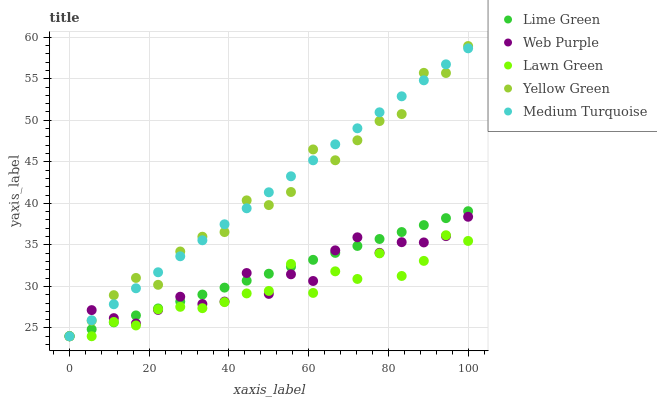
| xaxis_label | Lime Green | Web Purple | Lawn Green | Yellow Green | Medium Turquoise |
 | --- | --- | --- | --- | --- | --- |
 | 0 | 24 | 24 | 24 | 24 | 24 |
 | 5.56 | 24.8 | 27.1 | 24 | 25.9 | 25.9 |
 | 11.1 | 25.7 | 26.2 | 25.7 | 28.9 | 27.9 |
 | 16.7 | 26.5 | 25.5 | 25.3 | 31 | 29.8 |
 | 22.2 | 27.3 | 27.2 | 27.2 | 30.2 | 31.7 |
 | 27.8 | 28.2 | 28.8 | 27.5 | 34.2 | 33.6 |
 | 33.3 | 29 | 27.9 | 27.4 | 36 | 35.6 |
 | 38.9 | 29.9 | 28.2 | 28.1 | 36.5 | 37.5 |
 | 44.4 | 30.7 | 31.6 | 29.2 | 40.4 | 39.4 |
 | 50 | 31.5 | 29.1 | 29.5 | 39.8 | 41.3 |
 | 55.6 | 32.4 | 31.5 | 32.7 | 41.4 | 43.3 |
 | 61.1 | 33.2 | 30.7 | 29.2 | 46.5 | 45.2 |
 | 66.7 | 34 | 34.3 | 31.8 | 45.2 | 47.1 |
 | 72.2 | 34.9 | 35.9 | 30.9 | 47.6 | 49 |
 | 77.8 | 35.7 | 34 | 34 | 49.9 | 51 |
 | 83.3 | 36.5 | 35.3 | 31.3 | 50.7 | 52.9 |
 | 88.9 | 37.4 | 35.3 | 33.1 | 55.7 | 54.8 |
 | 94.4 | 38.2 | 36.1 | 36.2 | 55.7 | 56.7 |
 | 100 | 39.1 | 38.4 | 35.5 | 58.9 | 58.7 |